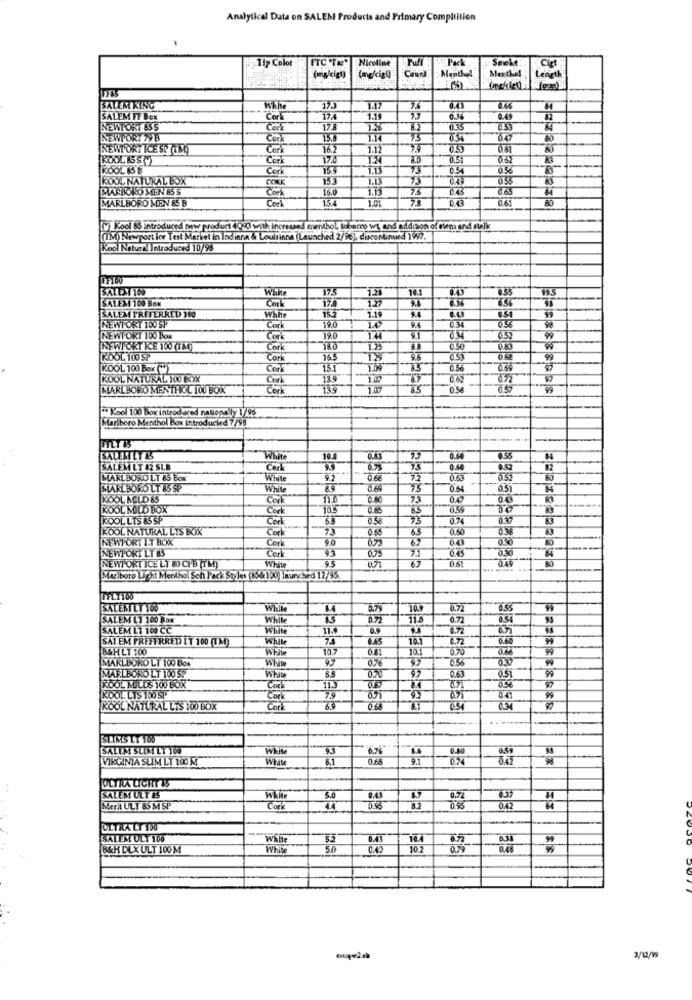
Analytical Data on SALEM Products and Primary Compliition
11, Colot
FTC TAT
-Pack
Smoke
Nicoline
Court
Menthal
Cigt
(mckie)
length
Inckich
SALEM RING
SALEM FT Box
Carl
174
6.36
0.49
NEWTORI 855
0.35
NEWPORT 79B
Cor
1.1
847
NEWPORT TCE SP AMO
Čer
16.2
1.12
35
KOOL15 S(V
Cork
17.0
0.51
KOOL IS B
Cork
034
KOOL NATURAL BOX
73
0.58
MARBORO MEN 85 S
1.15
MARLBORO MEN &5 B
Con
15.4
1.01
0.6
[W)kool 85 Introduced new product (0:0 with increased menthol, tobacco wt, and addition of 0tem and selk
(TM) Newport ice Test Market in Indiana & Louisiana (Launched 2/96), disconunued 1997.
Kool Natura Introduced 10/98
SALENTIN0
175
99.5
SALES 100 Box
9.4
127
BALEM PREFERRED 100
White
153
1.19
NEWPORT TOUSP
Cor
19.0
NEWPORT 100 Box
Cork
NEWFORT ICE 100 (TM)
Cork
KOOL 100 SP
Cork
165
KOOL 100 Box ()
Con
15.1
75
KOOL NATURAL YOU BXX
Cork
MARLBORO MENTHOL 100 BOX
133
85
" Kool 100 Box introduced nationally 1/96
Mariboro Menthol Box Introducied 7/98
SALEM LT &5
White
0.40
0.55
SALEM LT 82 SLB
Cork
33
0,60
0.52
MARLBORO LT &5 Box
White
92
0.68
72
0.53
MARLBORO LT 85 SP
White
Č.60
0.54
05
KOOL MELDES
Cork
0.40
75
KOOL MOLD BOX
Cork
0.55
KOOL LTS &5 SP
73
0.74
KOOL NATURAL LIS BOX
65
0.60
NEWPORT ET BOX
Cork
90
NEWPORT LT 85
Cork
Cork
645
0.30
NEWPORT ICHLT 80 CFB (TM)
White
0.61
Marlboro Light Menthol Sofi Pack Styles (854100) hunched 12/95
SALEN LT 100
0.72
SALEM L1 100 BON
0.72
SALEM LT 100 CC
white
SAY EM PREFERRED IT 100 (TM)
While
10.1
0.72
B&H LT 100
MARLBORO LT 100 Box
0.7
0.56
030
White
99
MARLBORO LT 100 SP
Säte
8.8
0.63
05
KOOL MILDS 100 BOX
11.3
KOOL LIS 1DO SP
Cont
79
0.71
041
KOOL NATURAL LIS 100 BOX
Cork
05
SLIMS LT TO0
SALEM SLIM LI 100
White
6.76
0.40
0.50
VIRGINIA SUM LT 100 M
White
0.66
0.74
ULTRA LIGHT IS
SALEM ULT AS
0,72
Merit ULT 85 M SP
82
0.95
042
ULTRA LT 100
SALEM ULT 106
white
0.43
10.4
B&H DLX ULT 100 M
White
10.2
3/12/19